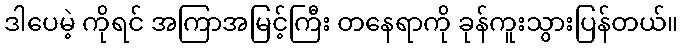
ဒါပေမဲ့ ကိုရင် အကြာအမြင့်ကြီး တနေရာကို ခုန်ကူးသွားပြန်တယ်။